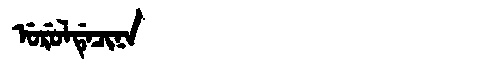
Manchu: ᡠᡵᡠᠯᡩᡝᠴᡳᠨᠠ
Romanization: URULDECINA